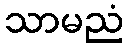
သာမညံ